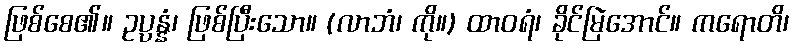
ဖြစ်စေ၏။ ဥပ္ပန္နံ၊ ဖြစ်ပြီးသော။ (လာဘံ၊ ကို။) ထာဝရံ၊ ခိုင်မြဲအောင်။ ကရောတိ၊